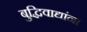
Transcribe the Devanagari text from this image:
बुद्धिवाद्यांना